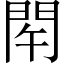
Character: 𨳰